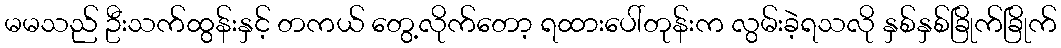
မမသည် ဦးသက်ထွန်းနှင့် တကယ် တွေ့လိုက်တော့ ရထားပေါ်တုန်းက လွမ်းခဲ့ရသလို နှစ်နှစ်ခြိုက်ခြိုက်